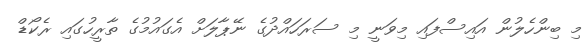
މި ބިންހެލުން އައިސްފައި މިވަނީ މި ސަރަހައްދުގެ ނޭޕާލަށް އެގައުމުގެ ތާރީހުގައި ރެކޯޑް